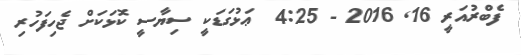
ފެބްރުއަރީ 16